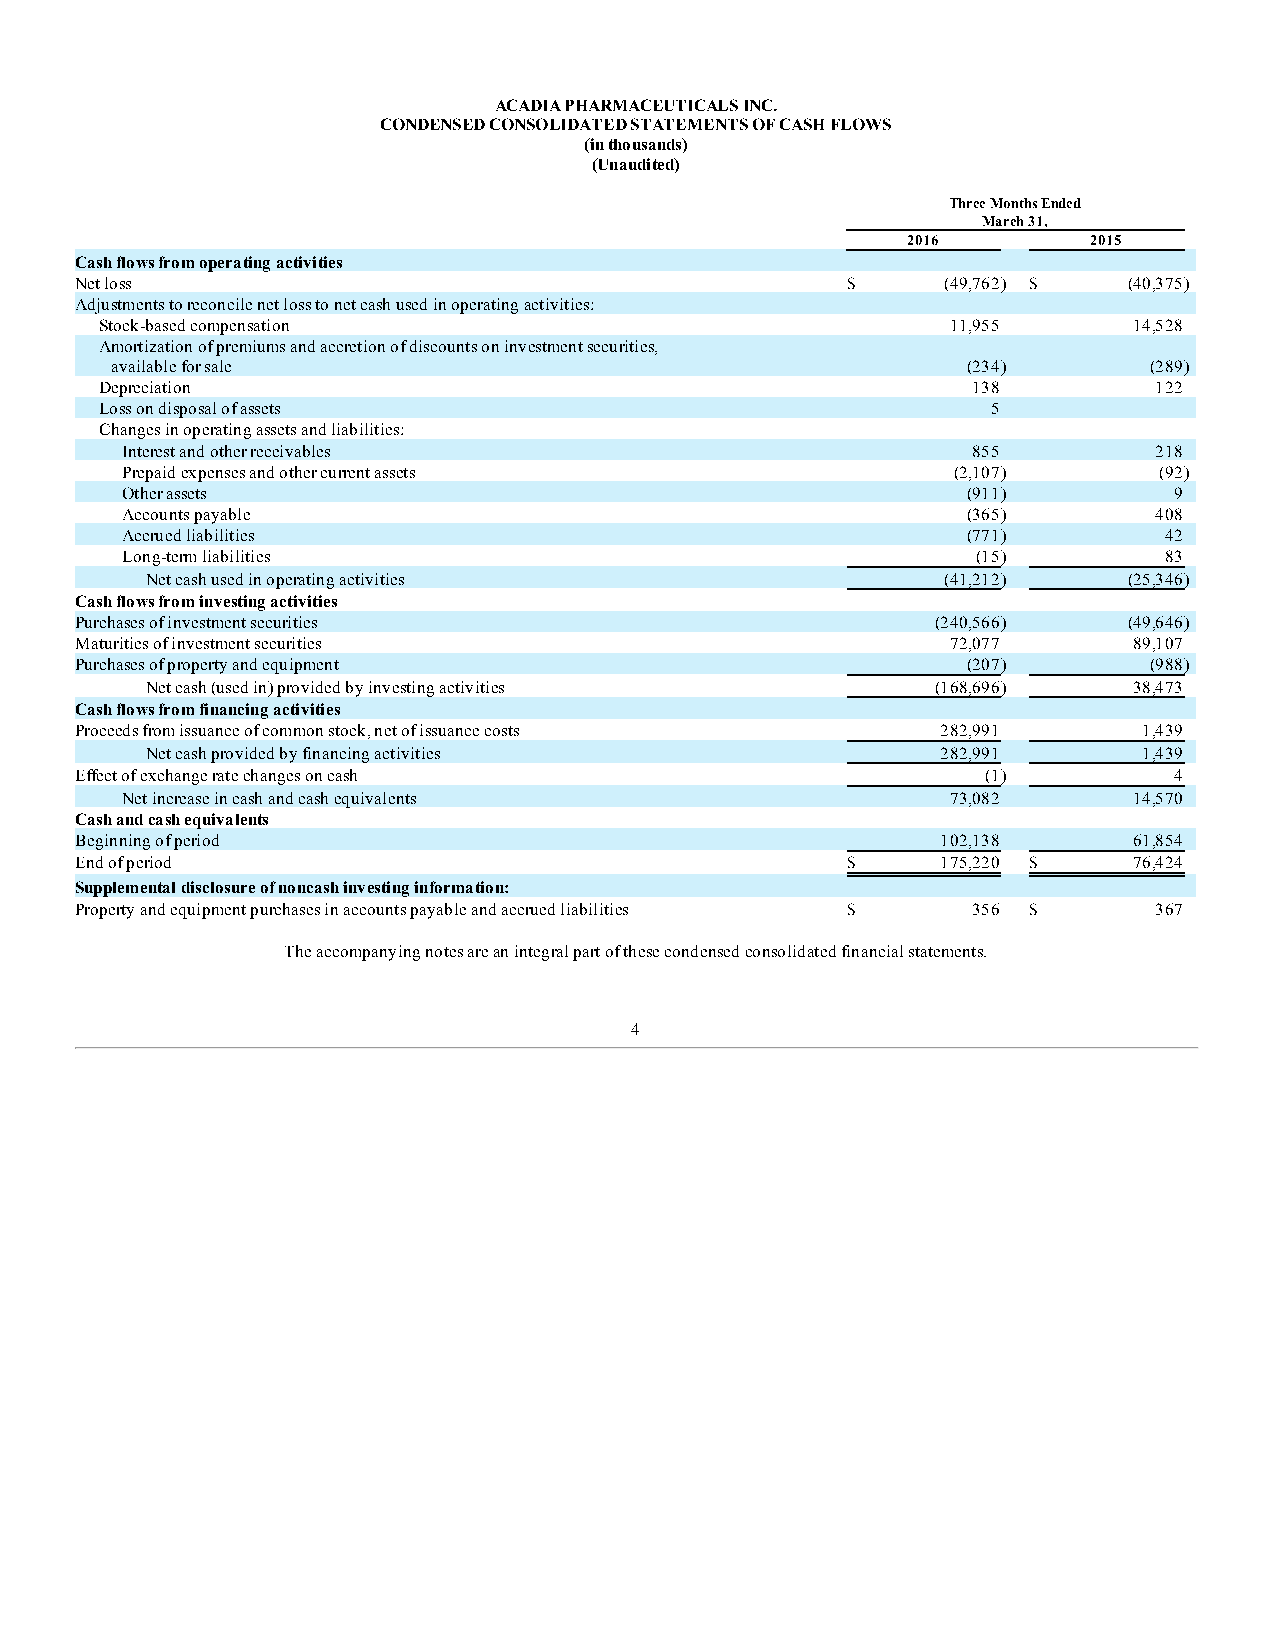
ACADIA PHARMACEUTICALS INC.
 CONDENSED CONSOLIDATED STATEMENTS OF CASH FLOWS
 (in thousands)
 (Unaudited)
 Three Months Ended
 March 31,
 2016        2015
 Cash flows from operating activities
 Net loss                                           $      (49,762) $  (40,375)
 Adjustments to reconcile net loss to net cash used in operating activities:
 Stock-based compensation                                11,955      14,528
 Amortization of premiums and accretion of discounts on investment securities,
 available for sale                                       (234)       (289)
 Depreciation                                             138         122
 Loss on disposal of assets                                 5          —
 Changes in operating assets and liabilities:
 Interest and other receivables                          855         218
 Prepaid expenses and other current assets              (2,107)       (92)
 Other assets                                            (911)         9
 Accounts payable                                        (365)       408
 Accrued liabilities                                     (771)        42
 Long-term liabilities                                    (15)        83
 Net cash used in operating activities                (41,212)    (25,346)
 Cash flows from investing activities
 Purchases of investment securities                       (240,566)    (49,646)
 Maturities of investment securities                       72,077      89,107
 Purchases of property and equipment                        (207)       (988)
 Net cash (used in) provided by investing activities (168,696)    38,473
 Cash flows from financing activities
 Proceeds from issuance of common stock, net of issuance costs 282,991  1,439
 Net cash provided by financing activities           282,991       1,439
 Effect of exchange rate changes on cash                     (1)          4
 Net increase in cash and cash equivalents              73,082      14,570
 Cash and cash equivalents
 Beginning of period                                      102,138      61,854
 End of period                                      $     175,220 $    76,424
 Supplemental disclosure of noncash investing information:
 Property and equipment purchases in accounts payable and accrued liabilities $ 356 $ 367
 The accompanying notes are an integral part of these condensed consolidated financial statements.
 4